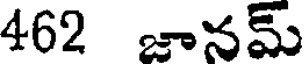
462 జానమ్